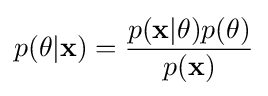
p(\theta |\mathbf {x} )={\frac {p(\mathbf {x} |\theta )p(\theta )}{p(\mathbf {x} )}}